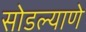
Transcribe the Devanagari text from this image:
सोडल्याणे